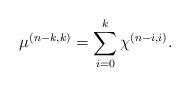
LaTeX: \begin{align*}\mu^{(n-k,k)}=\sum\limits_{i=0}^k \chi^{(n-i,i)}.\end{align*}